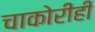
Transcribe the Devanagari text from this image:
चाकोरीही